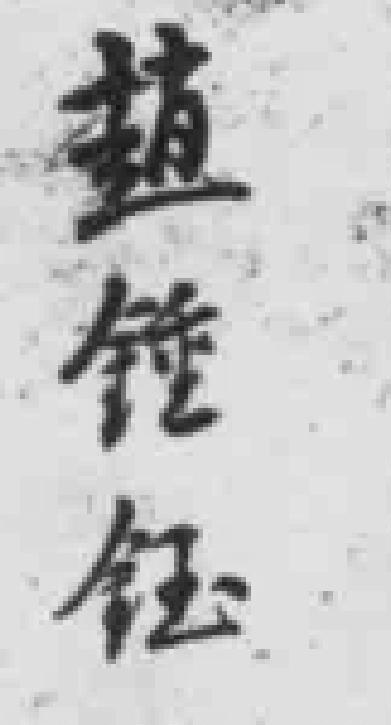
趙錘鈺